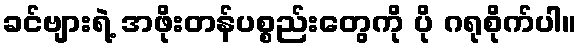
ခင်ဗျားရဲ့ အဖိုးတန်ပစ္စည်းတွေကို ပို ဂရုစိုက်ပါ။